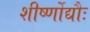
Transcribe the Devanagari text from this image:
शीर्ष्णोद्यौः